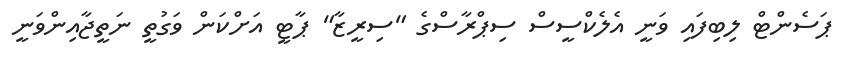
ޕަސެންޓް ލިބިފައި ވަނީ އެލެކްސީސް ސިޕްރާސްގެ "ސިރީޒާ" ޕާޓީ އަށްކަން ވަގުތީ ނަތީޖާއިންވަނީ